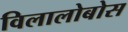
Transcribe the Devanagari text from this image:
विलालोबोस